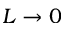
L \to 0